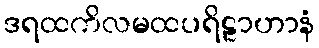
ဒရထကိလမထပရိဠာဟာနံ